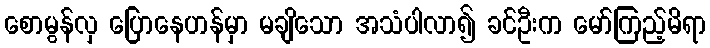
စောမွန်လှ ပြောနေဟန်မှာ မချိသော အသံပါလာ၍ ခင်ဦးက မော်ကြည့်မိရာ